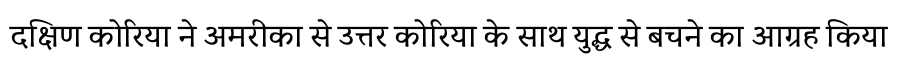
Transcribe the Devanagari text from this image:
दक्षिण कोरिया ने अमरीका से उत्तर कोरिया के साथ युद्ध से बचने का आग्रह किया